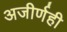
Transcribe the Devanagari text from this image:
अजीर्णही